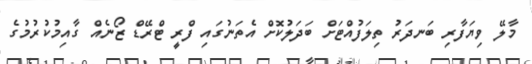
މާލޭ ވިޔަފާރި ބަނދަރު ތިލަފުއްޓަށް ބަދަލުކޮށް އެތަނުގައި ފްރީ ޓްރޭޑް ޒޯނެއް ގާއިމުކުރުމުގެ